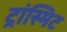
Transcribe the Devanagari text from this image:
ट्रांस्मिट